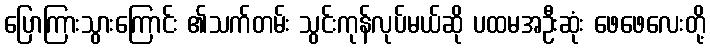
ပြောကြားသွားကြောင်း ၏သက်တမ်း သွင်းကုန်လုပ်မယ်ဆို ပထမအဦးဆုံး ဖေဖေလေးတို့